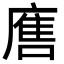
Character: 𭙲